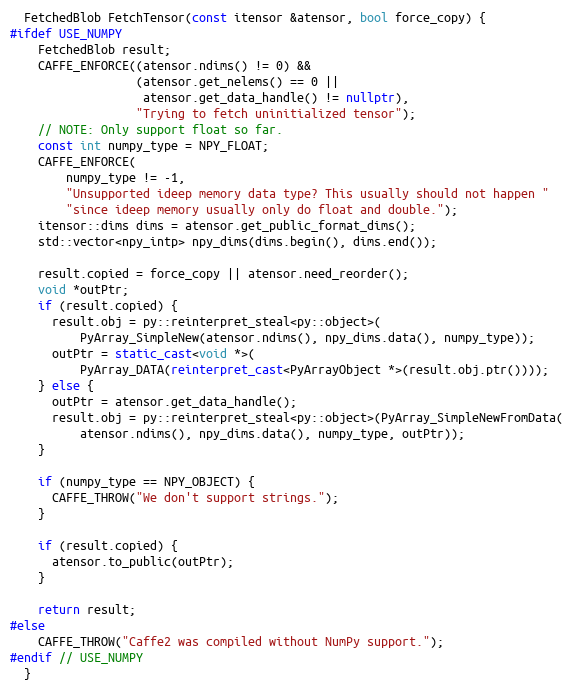
Language: C++
  FetchedBlob FetchTensor(const itensor &atensor, bool force_copy) {
#ifdef USE_NUMPY
    FetchedBlob result;
    CAFFE_ENFORCE((atensor.ndims() != 0) &&
                  (atensor.get_nelems() == 0 ||
                   atensor.get_data_handle() != nullptr),
                  "Trying to fetch uninitialized tensor");
    // NOTE: Only support float so far.
    const int numpy_type = NPY_FLOAT;
    CAFFE_ENFORCE(
        numpy_type != -1,
        "Unsupported ideep memory data type? This usually should not happen "
        "since ideep memory usually only do float and double.");
    itensor::dims dims = atensor.get_public_format_dims();
    std::vector<npy_intp> npy_dims(dims.begin(), dims.end());

    result.copied = force_copy || atensor.need_reorder();
    void *outPtr;
    if (result.copied) {
      result.obj = py::reinterpret_steal<py::object>(
          PyArray_SimpleNew(atensor.ndims(), npy_dims.data(), numpy_type));
      outPtr = static_cast<void *>(
          PyArray_DATA(reinterpret_cast<PyArrayObject *>(result.obj.ptr())));
    } else {
      outPtr = atensor.get_data_handle();
      result.obj = py::reinterpret_steal<py::object>(PyArray_SimpleNewFromData(
          atensor.ndims(), npy_dims.data(), numpy_type, outPtr));
    }

    if (numpy_type == NPY_OBJECT) {
      CAFFE_THROW("We don't support strings.");
    }

    if (result.copied) {
      atensor.to_public(outPtr);
    }

    return result;
#else
    CAFFE_THROW("Caffe2 was compiled without NumPy support.");
#endif // USE_NUMPY
  }